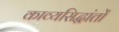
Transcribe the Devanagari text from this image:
काव्यसिद्धांतों